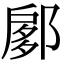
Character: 𨜽